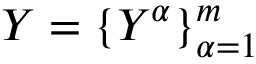
\boldsymbol { Y } = \{ Y ^ { \alpha } \} _ { \alpha = 1 } ^ { m }